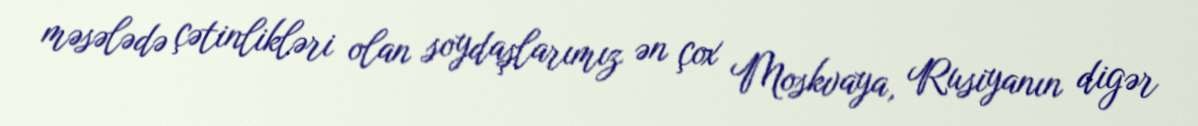
məsələdə çətinlikləri olan soydaşlarımız ən çox Moskvaya, Rusiyanın digər